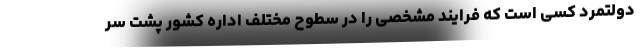
دولتمرد کسی است که فرایند مشخصی را در سطوح مختلف اداره کشور پشت سر